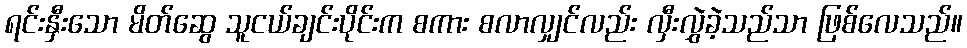
ရင်းနှီးသော မိတ်ဆွေ သူငယ်ချင်းပိုင်းက စကား စလာလျှင်လည်း လှီးလွှဲခဲ့သည်သာ ဖြစ်လေသည်။